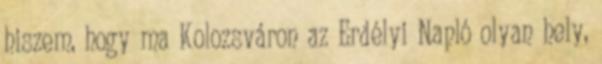
hiszem, hogy ma Kolozsváron az Erdélyi Napló olyan hely,